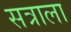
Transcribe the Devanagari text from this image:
सत्राला